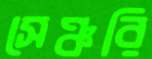
সেঞ্চরি